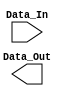
module Odd_Parity(
    input [7:0] Data_In,
    output  Data_Out
    );


/* genvar i;
 wire[6:0] temp;
 generate 
	for(i = 0;i<7;i = i+1)
	begin:forloop
		if(i == 0)
			assign temp[0] = Data_In[0] ^ Data_In[1];
		else
			assign temp[i] = temp[i-1] ^ Data_In[i+1];
	end
 endgenerate*/	
 
 assign Data_Out = {temp[6]};

endmodule